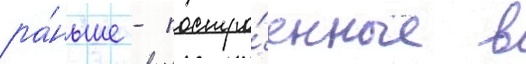
ра́ньше - постро́енные в